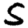
Digit: 5